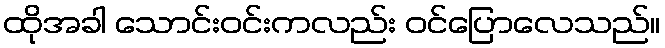
ထိုအခါ သောင်းဝင်းကလည်း ဝင်ပြောလေသည်။